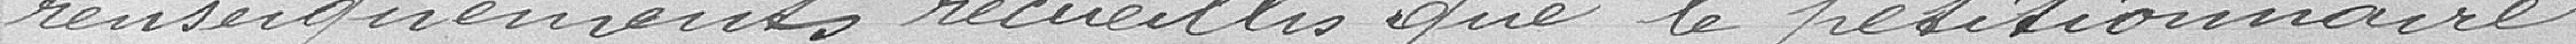
renseignements recueillis que le pétitionnaire